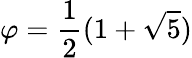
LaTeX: \varphi={\frac{1}{2}}(1+{\sqrt{5}})